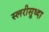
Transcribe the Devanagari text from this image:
स्लरीसुध्दा